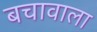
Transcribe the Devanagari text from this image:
बचावाला